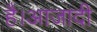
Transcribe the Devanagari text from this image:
है।आजादी